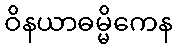
ဝိနယာဓမ္မိကေန